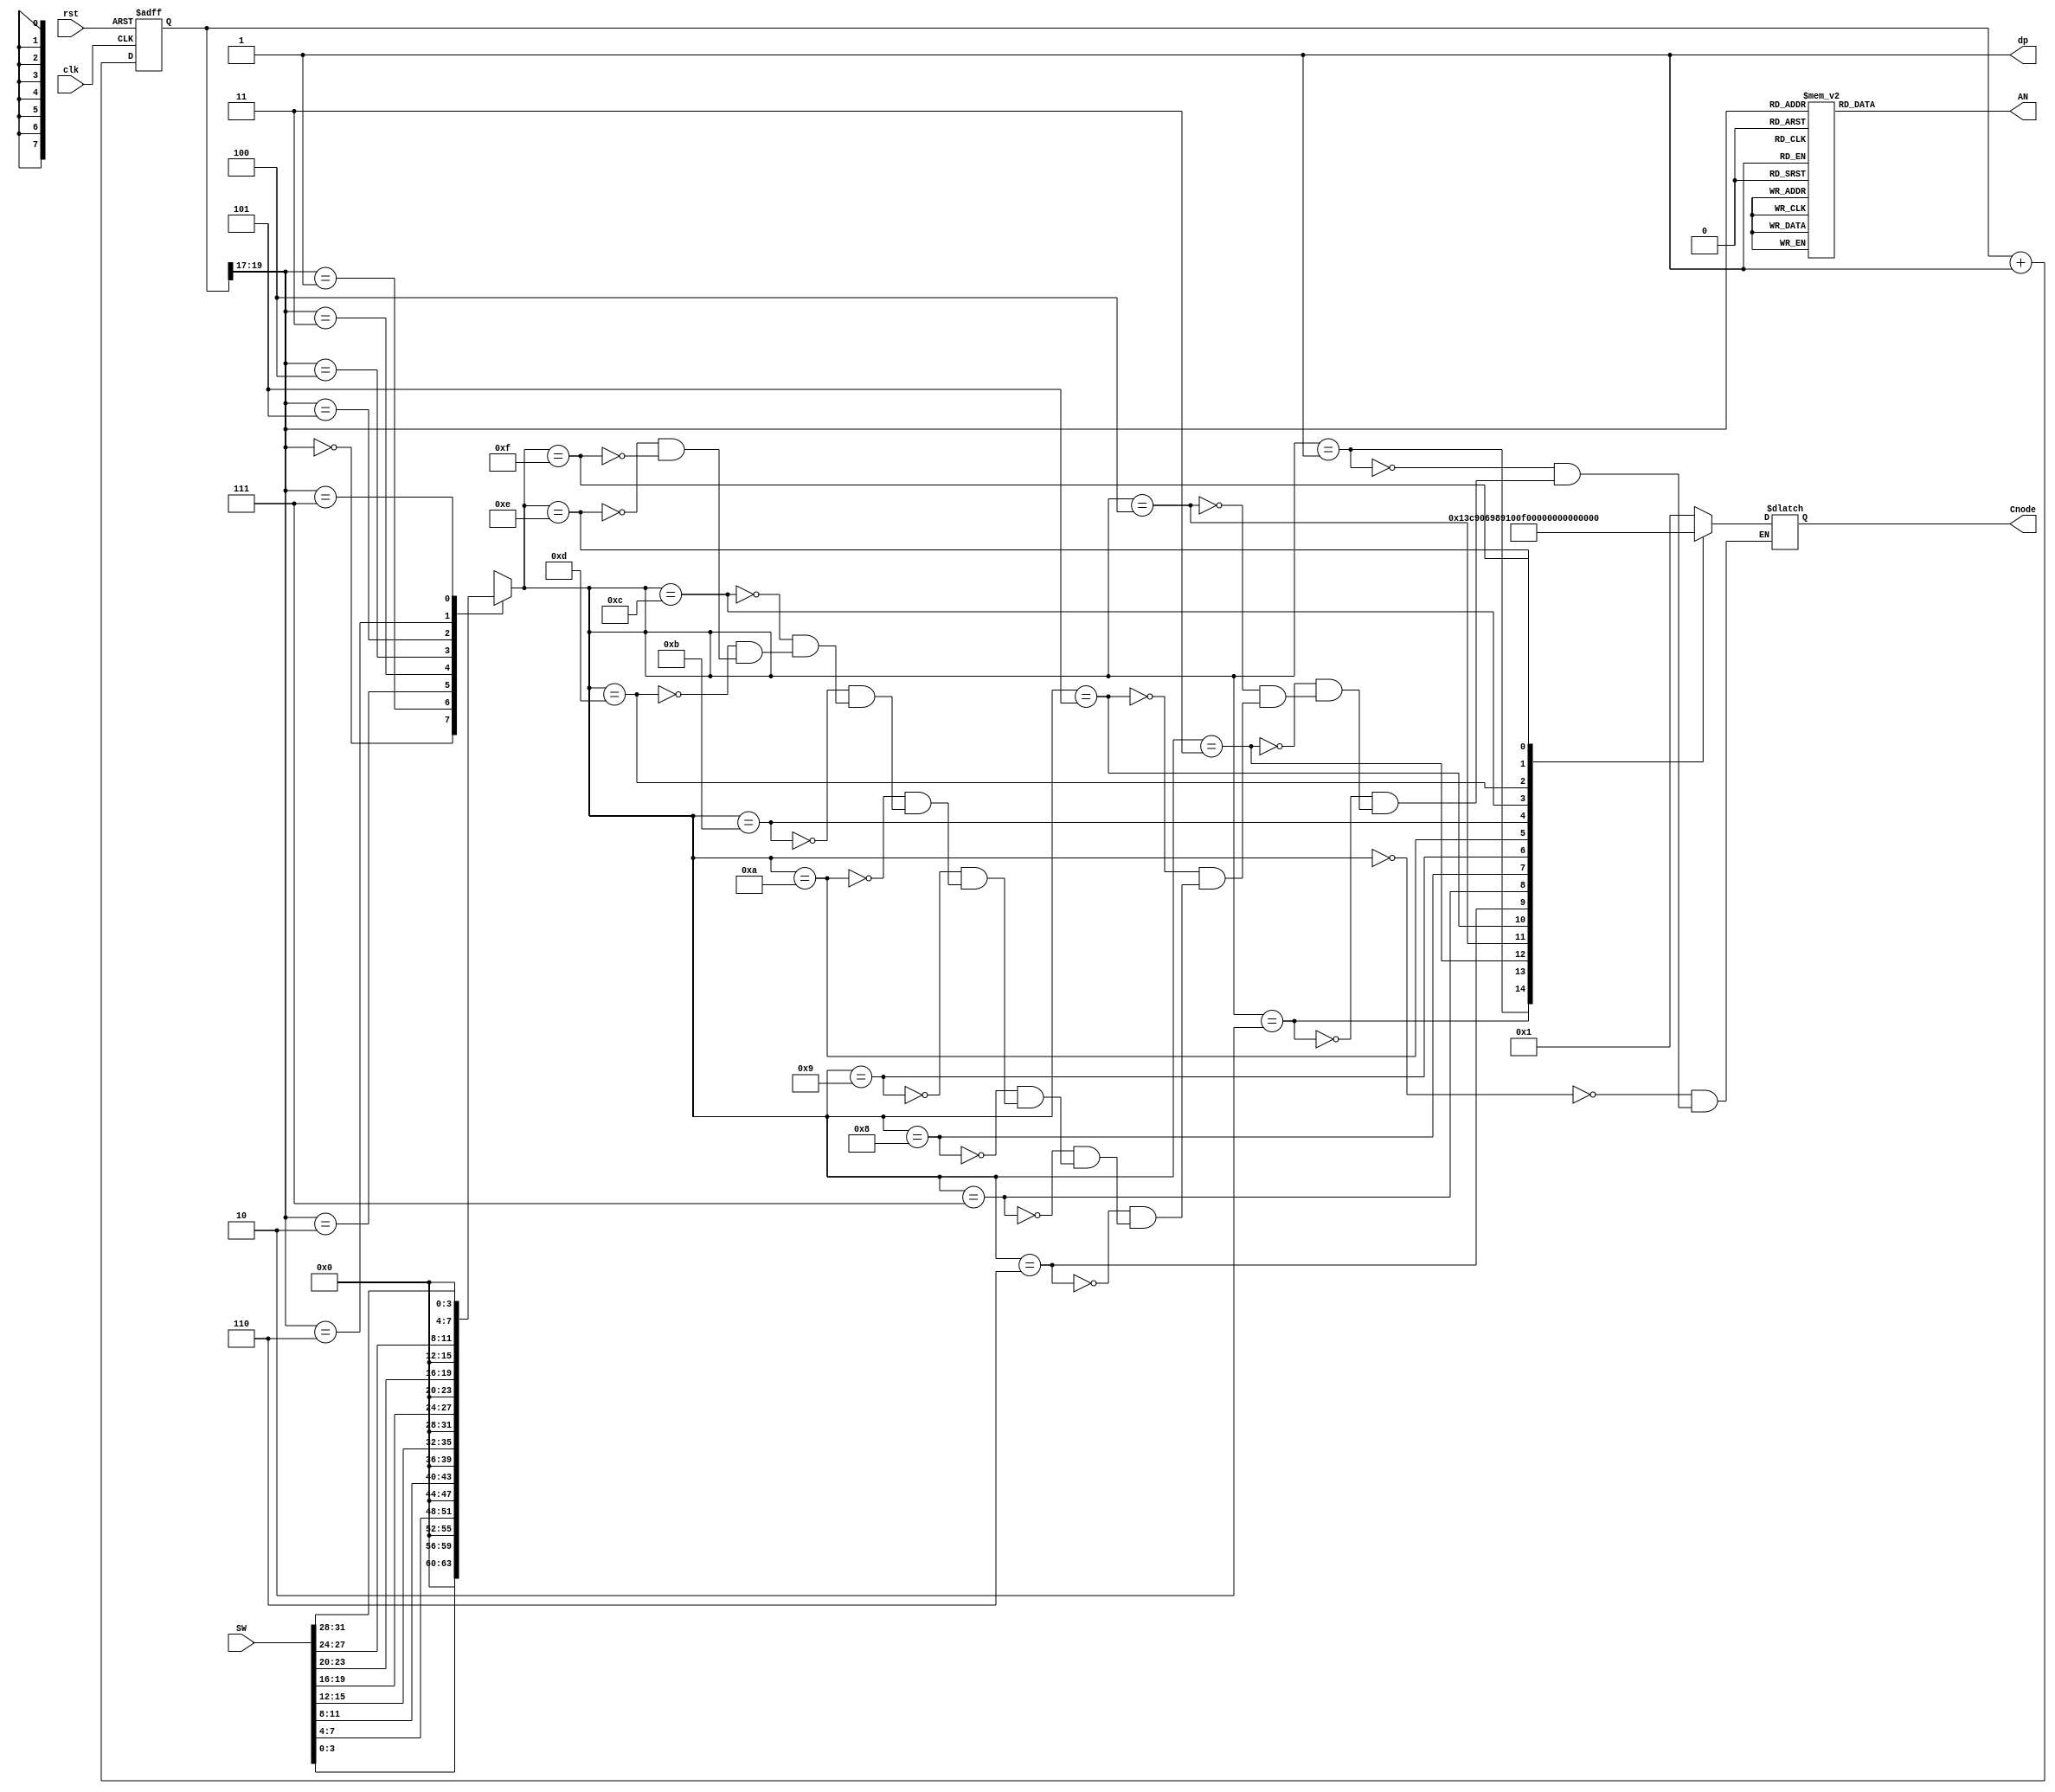
`timescale 1ns / 1ps
//////////////////////////////////////////////////////////////////////////////////
// Company: 
// Engineer: 
// 
// Design Name: 
// Module Name: seg7_driver
// Project Name: 
// Target Devices: 
// Tool Versions: 
// Description: 
// 
// Dependencies: 
// 
// Revision:
// Revision 0.01 - File Created
// Additional Comments:
// 
//////////////////////////////////////////////////////////////////////////////////


module seg7_driver(
             input clk,
             input rst,
             input [31:0] SW,
             output reg [6:0]  Cnode, 
             output dp, 
             output  [7:0] AN
             );
             
          
                    
           reg [19:0] tmp; 
                
           reg [7:0] digit;
                    
           assign dp = 1'b1; 
                
               always@(digit)
                    begin
                        case(digit)
                        8'd0:  Cnode <= 7'b0000001;
                        8'd1:  Cnode <= 7'b1001111;
                        8'd2:  Cnode <= 7'b0010010;
                        8'd3:  Cnode <= 7'b0000110;              
                        8'd4:  Cnode <= 7'b1001100;
                        8'd5:  Cnode <= 7'b0100100;
                        8'd6:  Cnode <= 7'b0100000;
                        8'd7:  Cnode <= 7'b0001111;
                        8'd8:  Cnode <= 7'b0000000;
                        8'd9:  Cnode <= 7'b0001100;
                        8'd10: Cnode <= 7'b0001000;
                        8'd11: Cnode <= 7'b1100000;
                        8'd12: Cnode <= 7'b0110001;
                        8'd13: Cnode <= 7'b1000010;
                        8'd14: Cnode <= 7'b0110000;
                        8'd15: Cnode <= 7'b0111000;                       
                        endcase
                   end  
                   
            //f/2**n
                  
                  always@(posedge clk or posedge rst)
                    begin 
                        if(rst)
                            begin 
                                tmp <= 20'd0;
                            end 
                        else 
                            begin 
                                tmp <= tmp + 1; 
                            end 
                    end 
                    
                    wire[2:0] s;
                    
                    assign s = tmp[19:17];//HOW DID HE CHOOSE 18 AND 19
                  
                  
                  always@(s, SW)
                    begin 
                        case (s)
                            8'd0:  digit <= SW[3:0];//inputa
                            8'd1:  digit <= SW[7:4];//inputb
                            8'd2:  digit <= SW[11:8];//inputa prebarrel 
                            8'd3:  digit <= SW[15:12];//inputa postbarrel 
                            8'd4:  digit <= SW[19:16];//inputb prebarrel 
                            8'd5:  digit <= SW[23:20];//inputb postbarrel 
                            8'd6:  digit <= SW[27:24];//output
                            8'd7:  digit <= SW[31:28];//output
                           
                        endcase
                    end
                   reg [7:0] AN_tmp;                                                             
                    always@(s)                                                                    
                      begin                                                                       
                          case (s)// s helps it keep going                                        
                              8'd0:  AN_tmp = 8'b11111110;                                        
                              8'd1:  AN_tmp = 8'b11111101;                                        
                              8'd2:  AN_tmp = 8'b11111011;                                        
                              8'd3:  AN_tmp = 8'b11110111;                                        
                              8'd4:  AN_tmp = 8'b11101111;                                        
                              8'd5:  AN_tmp = 8'b11011111;                                        
                              8'd6:  AN_tmp = 8'b10111111;//not efficient but gets the job done   
                              8'd7:  AN_tmp = 8'b01111111;                                        
                              default : AN_tmp = 8'bZZZZZZZZ;                                     
                          endcase                                                                 
                      end                                                                         
                                                                                                  
                      assign AN = AN_tmp;                                                         


   

endmodule